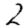
Digit: 2